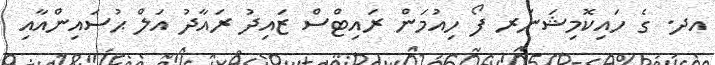
އދ. ގެ ހައިކޮމިޝަނަރ ފޯ ހިއުމަން ރައިޓްސް ޒައިދު ރައާދު އަލް ޙުސައިންއާއި